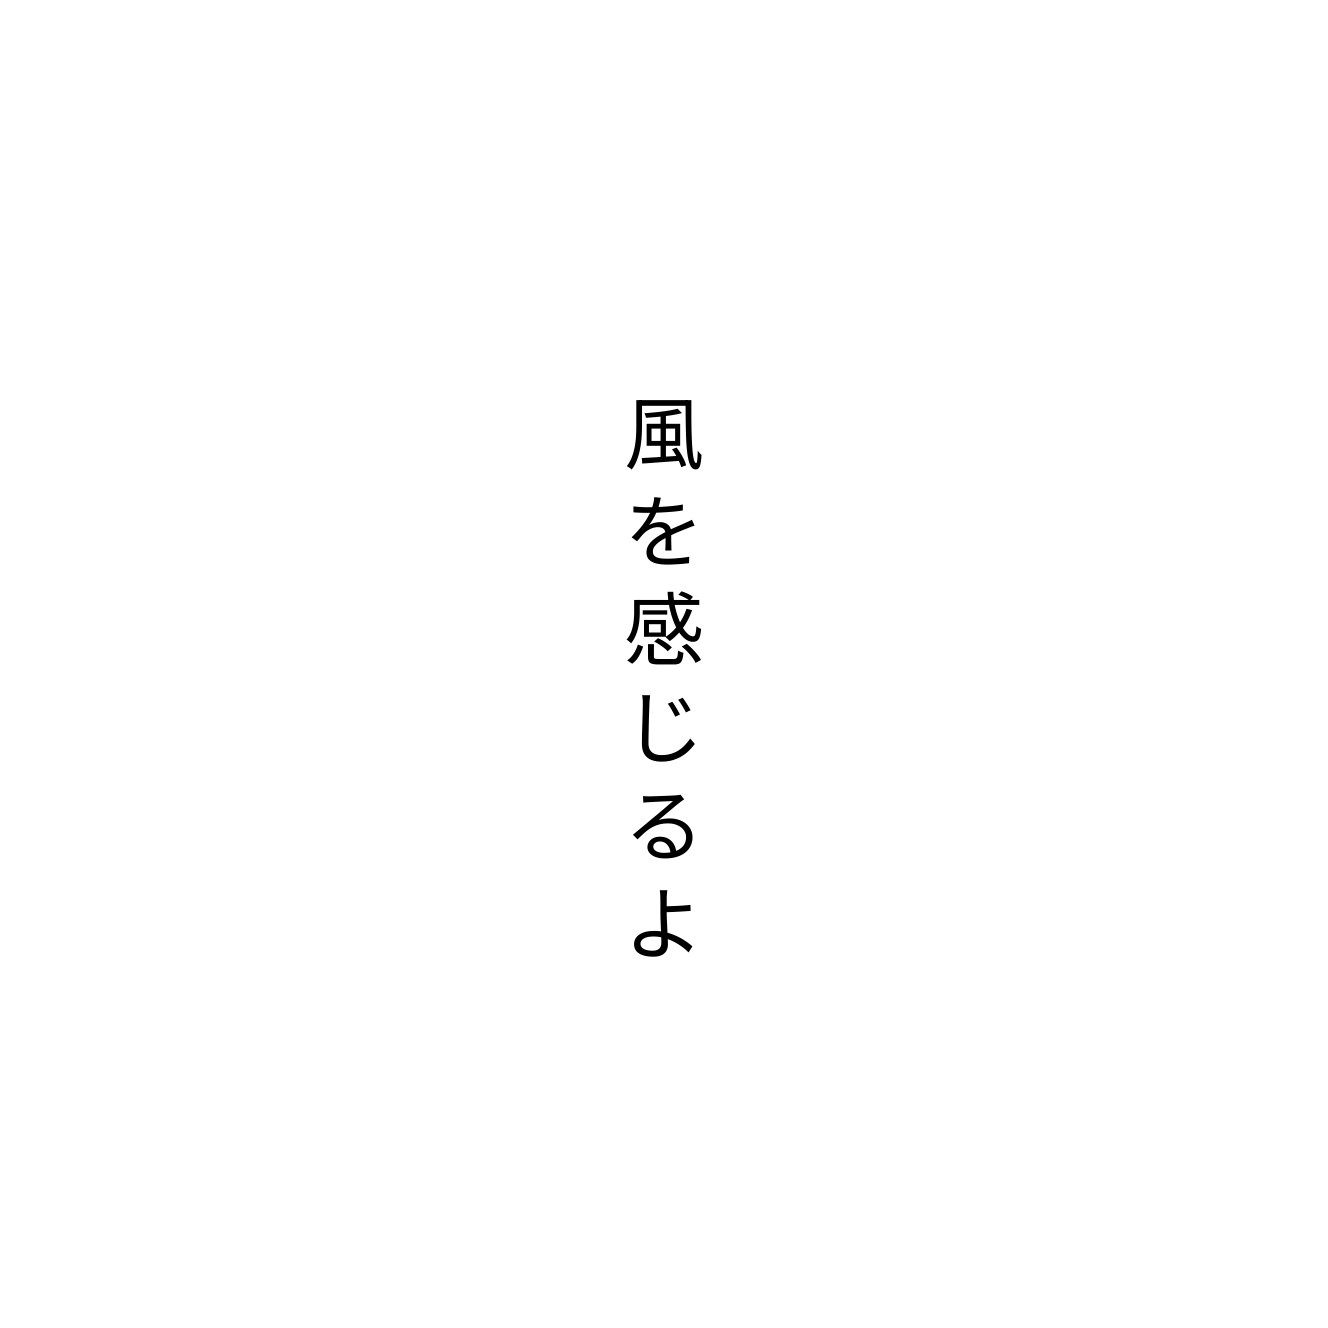
風を感じるよ